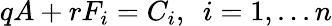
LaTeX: qA+rF_{i}=C_{i},~~i=1,...n